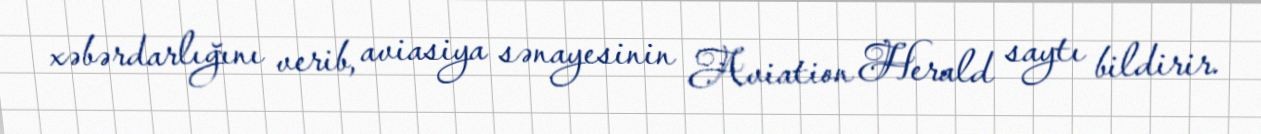
xəbərdarlığını verib, aviasiya sənayesinin Aviation Herald saytı bildirir.